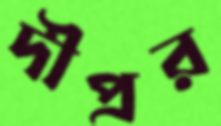
দীপ্রর